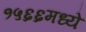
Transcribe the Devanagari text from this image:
१५६६मध्ये